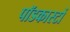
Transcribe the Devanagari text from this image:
पॉडकास्टों